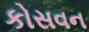
કોસવન